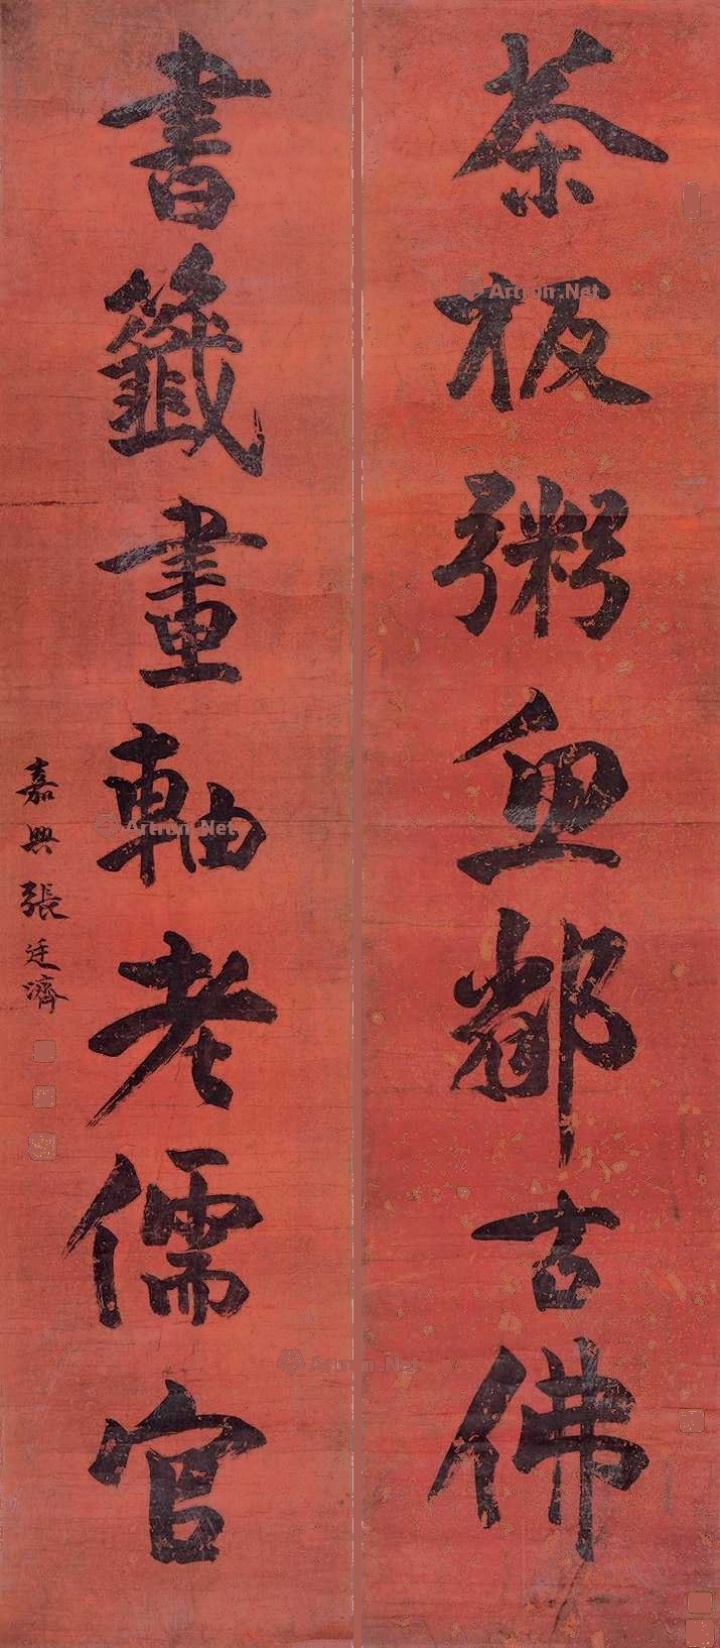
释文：茶板粥鱼都古佛，书签画轴老儒官。嘉兴张廷济。